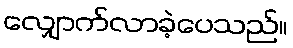
လျှောက်လာခဲ့ပေသည်။